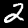
Label: 2